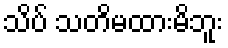
သိပ် သတိမထားမိဘူး